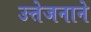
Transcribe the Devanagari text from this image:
उत्तेजनाने